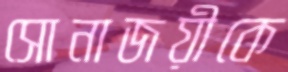
সোনাজয়ীকে